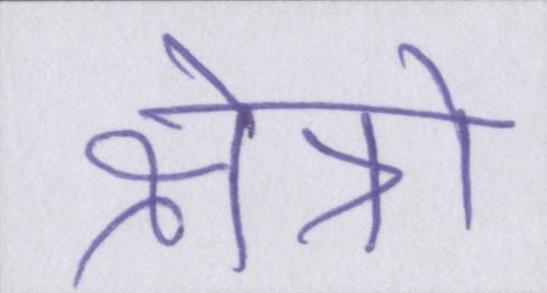
क्षैत्रो